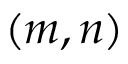
( m , n )